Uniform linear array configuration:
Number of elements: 24
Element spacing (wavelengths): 0.5
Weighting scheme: cosine
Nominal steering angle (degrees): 45
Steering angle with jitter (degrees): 45.051
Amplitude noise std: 0.05
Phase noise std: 0.05

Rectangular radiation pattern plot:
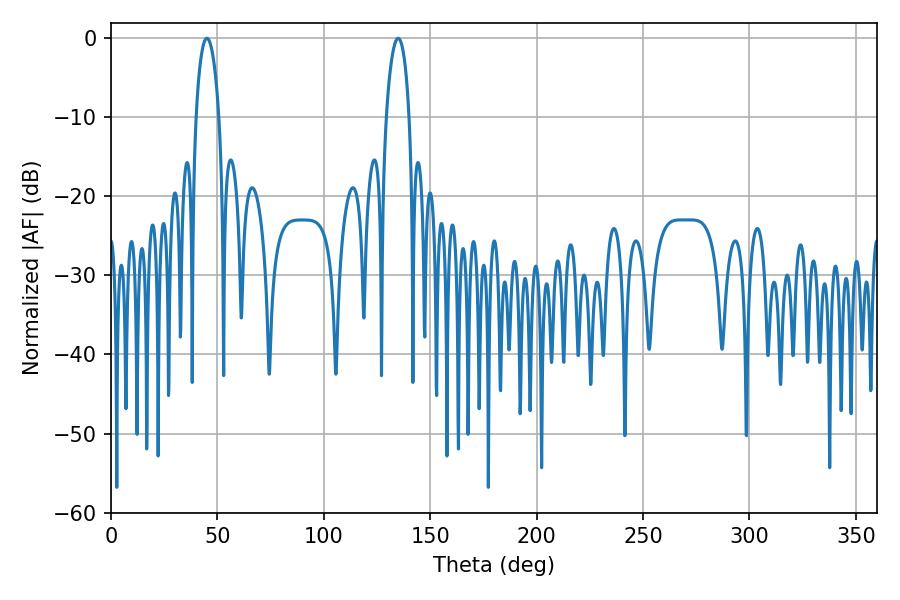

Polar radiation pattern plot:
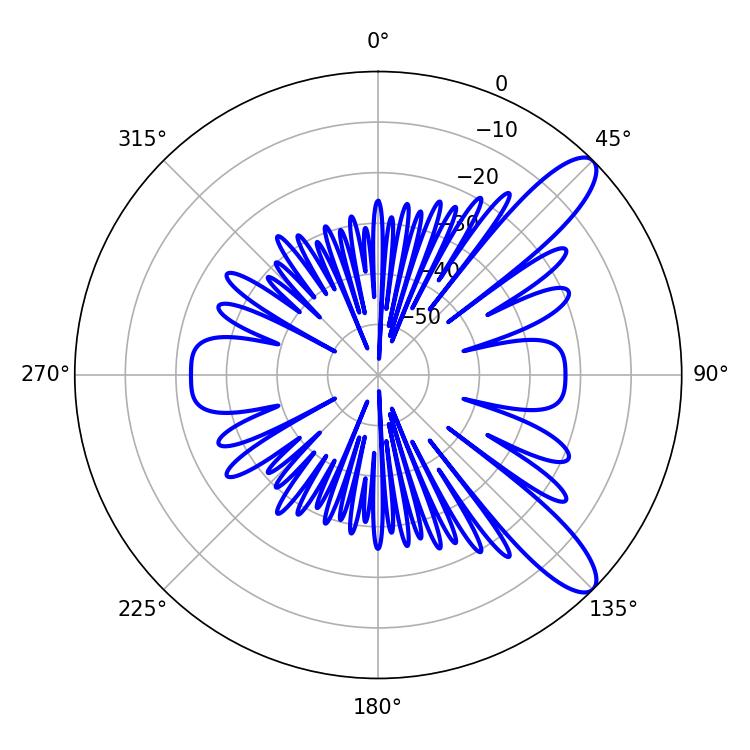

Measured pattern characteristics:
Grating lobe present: FALSE
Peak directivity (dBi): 10.785
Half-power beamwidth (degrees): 6.12
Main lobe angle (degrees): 45